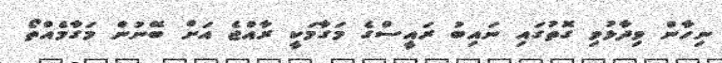
ނިހާން ވިދާޅުވި ގޮތުގައި ނައިބު ރައީސްގެ މަގާމަކީ ރާއްޖެ އަށް ބޭނުން މަގާމެއްތޯ